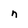
Character: n